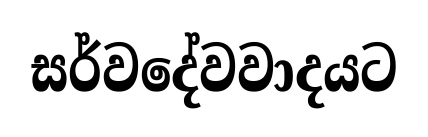
සර්වදේවවාදයට